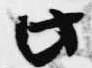
此